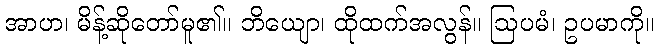
အာဟ၊ မိန့်ဆိုတော်မူ၏။ ဘိယျော၊ ထိုထက်အလွန်။ ဩပမံ၊ ဥပမာကို။